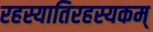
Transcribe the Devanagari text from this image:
रहस्यातिरहस्यकम्